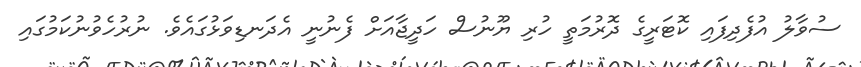
ސުވާލު އުފެދިފައި ކޮޓަރީގެ ދޮރުމަތީ ހުރި ޔޫނުސް ހަދީޖާއަށް ފެނުނީ އެދަނޑިވަޅުގައެވެ. ނުރުހެވުނުކަމުގައި